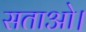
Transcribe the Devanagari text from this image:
सताओ।